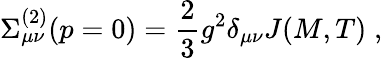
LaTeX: \Sigma_{\mu\nu}^{(2)}(p=0)=\frac{2}{3}g^{2}\delta_{\mu\nu}J(M,T)\; ,